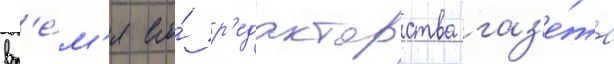
вр'е́м'я его́ р'едакторства газ'е́та